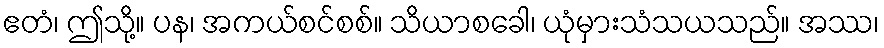
ဧတံ၊ ဤသို့။ ပန၊ အကယ်စင်စစ်။ သိယာစခေါ၊ ယုံမှားသံသယသည်။ အဿ၊